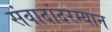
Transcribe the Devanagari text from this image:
संवादांदरम्यान